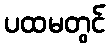
ပထမတွင်